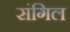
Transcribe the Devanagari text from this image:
संगिल